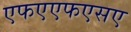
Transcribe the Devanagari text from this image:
एफएएफएसए